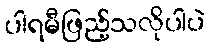
ပါရမီဖြည့်သလိုပါပဲ